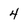
Character: 4